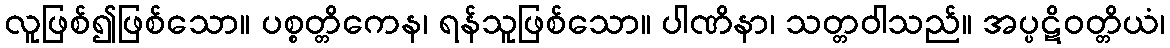
လူဖြစ်၍ဖြစ်သော။ ပစ္စတ္တိကေန၊ ရန်သူဖြစ်သော။ ပါဏိနာ၊ သတ္တဝါသည်။ အပ္ပဋိဝတ္တိယံ၊